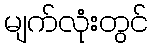
မျက်လုံးတွင်